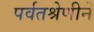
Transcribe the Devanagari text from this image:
पर्वतश्रेणीने